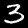
Label: 3